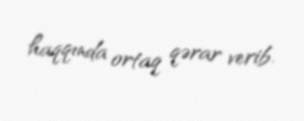
haqqında ortaq qərar verib.